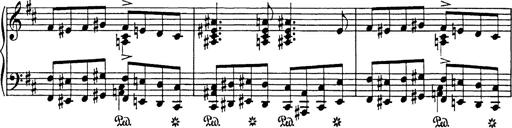
Title: Hungarian Rhapsody No.17
Composer: Franz Liszt
Key: D minor